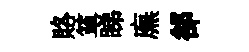
賂箪睇廡郤